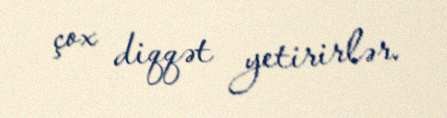
çox diqqət yetirirlər.